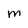
Character: m